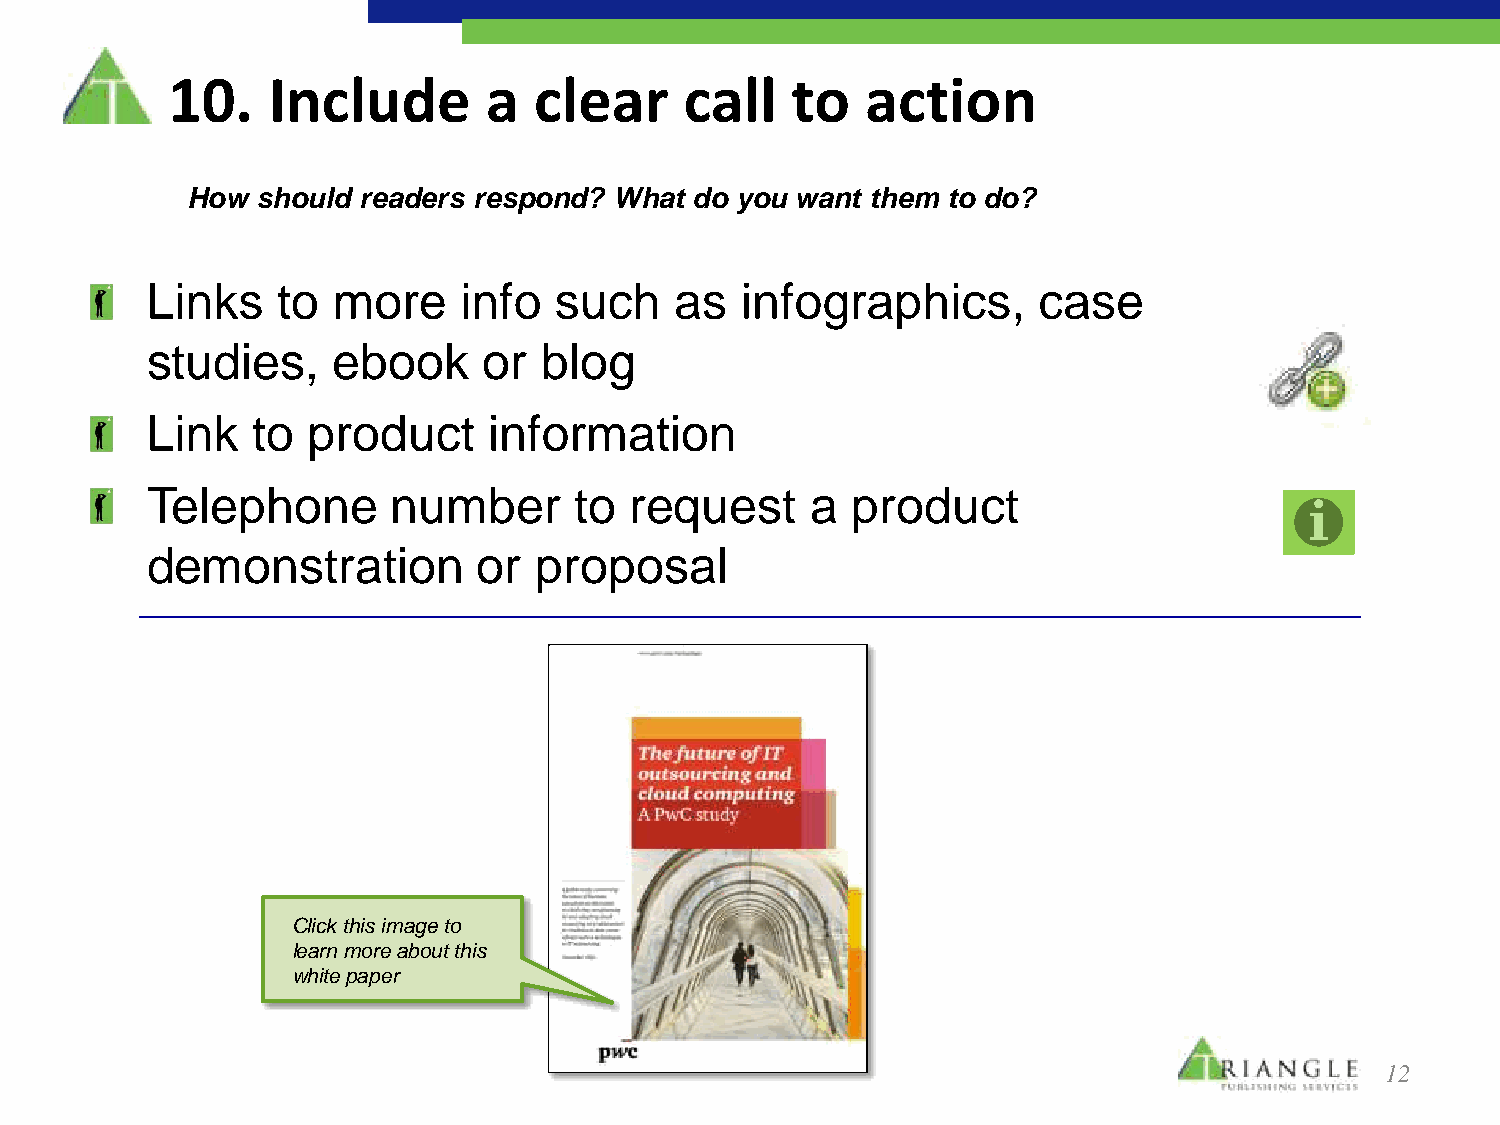
10.    Include       a  clear     call   to   action
 How  should readers respond? What do you want them to do?
 Links   to  more    info   such    as  infographics,       case
 studies,    ebook     or  blog
 Link   to product     information
 Telephone       number      to  request     a product
 demonstration         or proposal
 Click this image to
 learn more about this
 white paper
 12